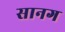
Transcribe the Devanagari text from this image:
सानग